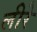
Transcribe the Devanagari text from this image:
लीरे